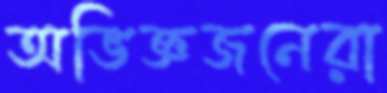
অভিজ্ঞজনেরা